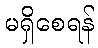
မရှိစေရန်